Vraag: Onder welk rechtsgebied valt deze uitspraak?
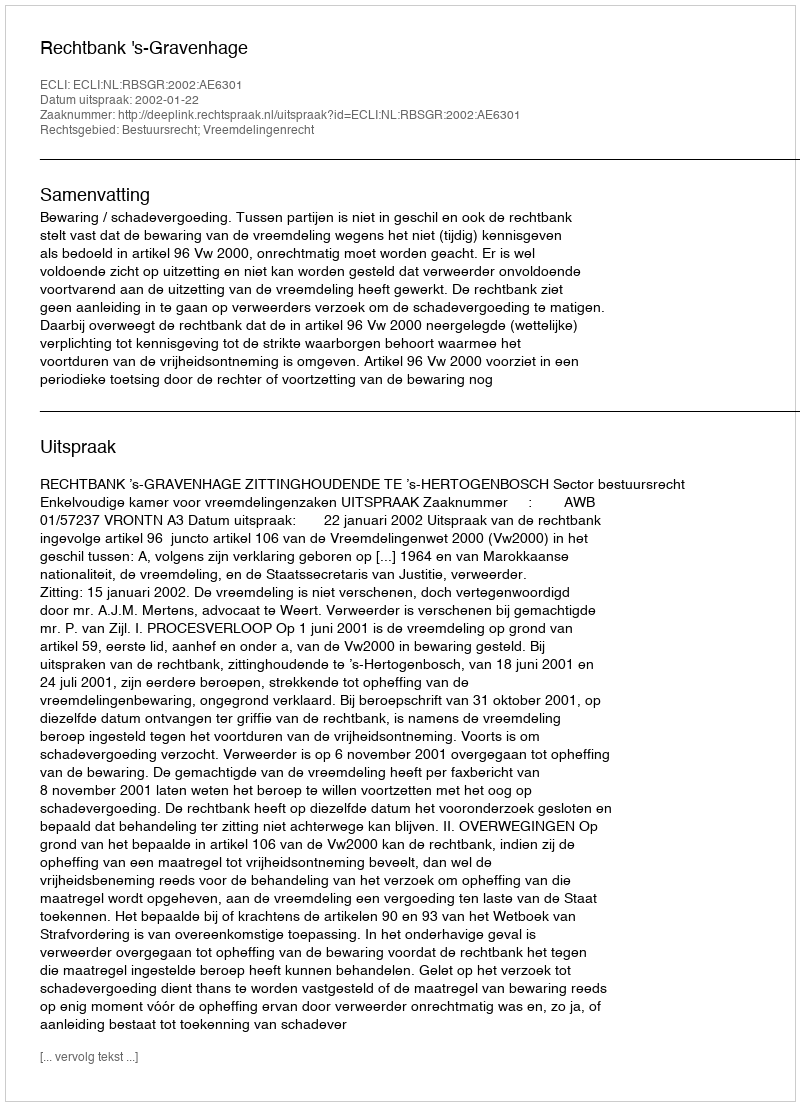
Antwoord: Bestuursrecht; Vreemdelingenrecht